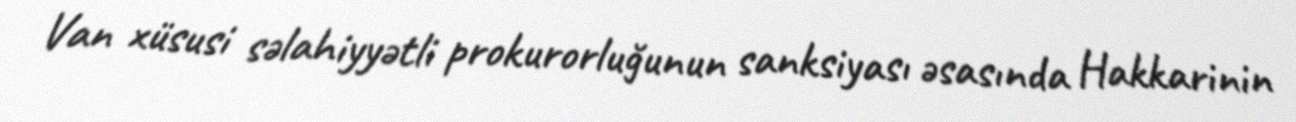
Van xüsusi səlahiyyətli prokurorluğunun sanksiyası əsasında Hakkarinin